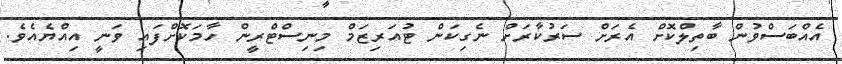
އެއްބަސްވުން ބާތިލްކޮށް އެރަށް ސަރުކާރަށް ނެގިކަން ޓުއަރިޒަމް މިނިސްޓްރީން ހާމަކޮށްފައި ވަނީ އިއްޔެއެވެ.